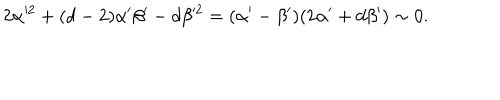
LaTeX: 2 \alpha ^ { 2 } + ( d - 2 ) \alpha ^ { \prime } \beta ^ { \prime } - d \beta ^ { 2 } = ( \alpha ^ { \prime } - \beta ^ { \prime } ) ( 2 \alpha ^ { \prime } + d \beta ^ { \prime } ) \sim 0 .